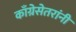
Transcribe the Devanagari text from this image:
काँग्रेसेतरांनी